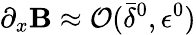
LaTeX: \partial_{x}\mathbf{B}\approx{\mathcal{O}}(\bar{{\delta}}^{0},{\epsilon}^{0})